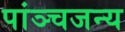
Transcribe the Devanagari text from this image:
पांञ्चजन्य